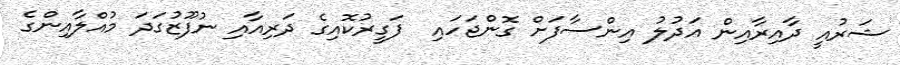
ޝަރުއީ ދާއިރާއިން އަދުލު އިންސާފަށް ގޮންޖަހައި  ފަގީރުކޮއިގެ ދަރިއާއި ނުފޫޒުގަދަ މުއްލާއިންގެ